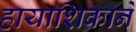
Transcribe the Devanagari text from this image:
हायाशिकाने